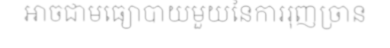
អាចជាមធ្យោបាយមួយនៃការរុញច្រាន